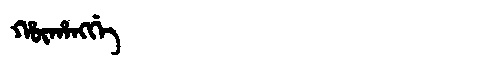
Manchu: ᡥᡡᡥᠠᠩᡤᡝ
Romanization: HŪHANGGE